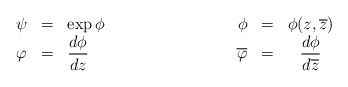
\begin{align*}\begin{array}{lll}\psi&=&\exp{\phi} \\ \varphi&=&{\displaystyle\frac{d\phi}{dz}}\\\end{array}\hskip3truecm\begin{array}{rrc}\phi&=&\phi(z,\overline{z})\\\overline{\varphi}&=&{\displaystyle\frac{d{\phi}}{d\overline{z}}}\\ \end{array}\end{align*}